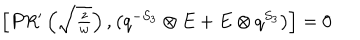
\begin{array} { c } { { \left[ P R ^ { \prime } \left( \sqrt { \frac { z } { w } } \right) , \left( q ^ { - S _ { 3 } } \otimes E + E \otimes q ^ { S _ { 3 } } \right) \right] = 0 } } \\ \end{array}